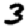
Digit: 3